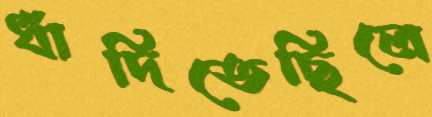
ধাঁদিতেছিলে